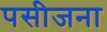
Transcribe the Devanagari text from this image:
पसीजना